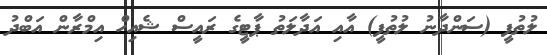
ލުތުފީ (ސަންދާނު ލުތުފީ) އާއި އަދާލަތު ޕާޓީގެ ރައީސް ޝެއިހް އިމްރާން އަބްދު